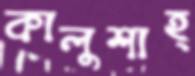
কালুশাহ্